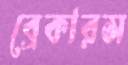
ব্রেকারস